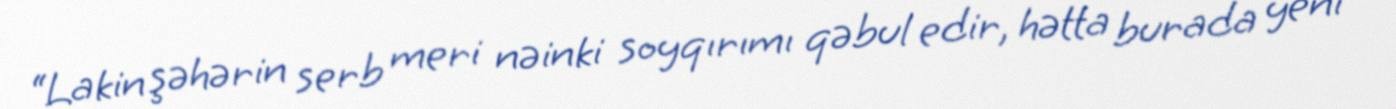
“Lakin şəhərin serb meri nəinki soyqırımı qəbul edir, hətta burada yeni